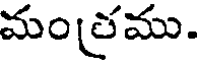
మంత్రము.